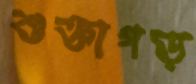
শুক্তাগড়